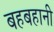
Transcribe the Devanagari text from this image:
बहबहानी